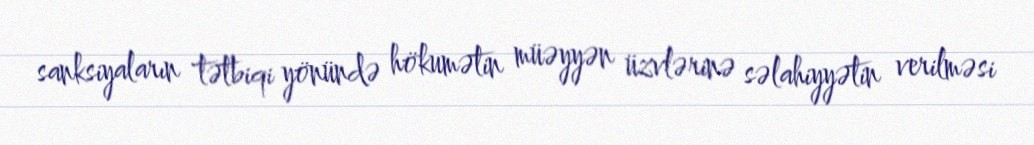
sanksiyaların tətbiqi yönündə hökumətin müəyyən üzvlərinə səlahiyyətin verilməsi